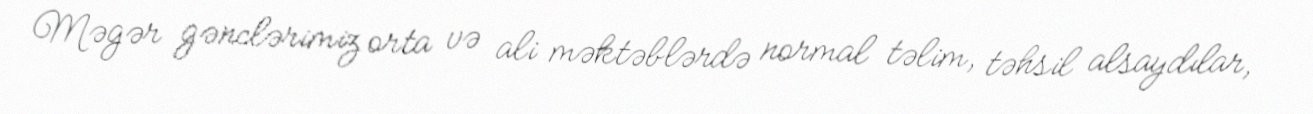
Məgər gənclərimiz orta və ali məktəblərdə normal təlim, təhsil alsaydılar,